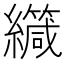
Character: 𫄏